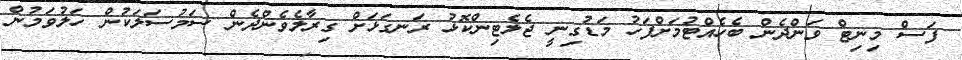
ފަސް މިނިޓް ވަންދެން ބެހެއްޓުމަށްފަހު މަޑުގިނީ ޖެލެޓިންކޮޅު ރަނގަޅަށް ގިރާލެވެންދެން ސަމުސަލަކުން ހަލުވަމުން